Report on the metropolitan horse fairs and district horse shows of 1892-93 - 1892-1893
Year: 1892
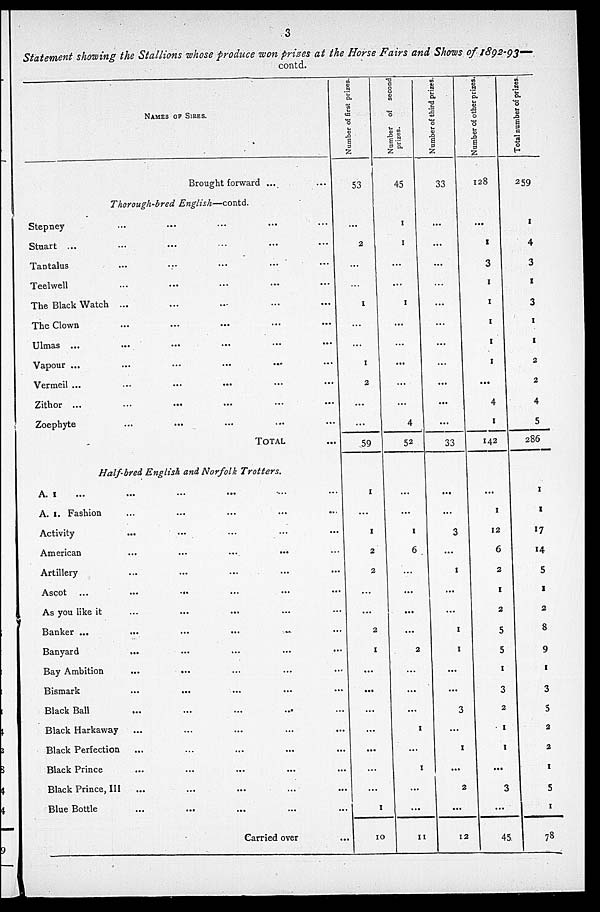
3
Statement showing the Stallions whose produce won prizes at the Horse Fairs and Shows of 1892-93—
contd.
NAMES OF SIRES.
Brought forward ...
...
Thorough-bred
English—contd.
Stepney ... ... ... ... ...
Stuart ... ... ... ... ...
Tantalus ... ... ... ... ...
Teelwell ... ... ... ... ...
The Black Watch . ... ... ... ... .....
The Clown ... ... ... ... ...
Ulmas ... ... ... ... ... ...
Vapour ... ... ... ... ... ...
Vermeil ... ... ... ... ... ...
Zithor ... ... ... ... ... ...
Zoephyte ... ... ... ... ...
TOTAL ...
Half-bred English and Norfolk
Trotters.
A. 1 ... ... ... ... ...
A. 1. Fashion ... ... ... ... ...
Activity ... ... ... ... ...
American ... ... ... ... ...
Artillery ... ... ... ... ...
Ascot ...
...
...
As you like it ... ... ... ... ...
Banker ... ... ... ... ... ...
Banyard ... ... ... ... ...
Bay Ambition ... ... ... ... ...
Bismark
...
... ... ... ... ... ...
Black Ball ... ... ... ... ...
Black Harkaway ... ... ... ... ...
Black Perfection ... ... ... ... ...
Black Prince ... ... ... ... ...
Black Prince, III ... ... ... ... ...
Blue Bottle ... ... ... ... ...
Carried over ...
Number of first prizes
53
...
2
...
1
1
2
...
...
59
1
...
1
2
2
...
...
2
1
...
...
...
...
...
...
...
1
10
Number of second
prizes
45
1
1
...
...
1
...
...
...
...
...
4
52
...
...
1
6
...
...
...
...
2
...
...
...
1
...
1
...
...
11
Number of third prizes.
33
...
...
...
...
...
...
...
...
...
...
...
33
...
...
3
...
1
...
...
1
1
...
...
3
...
1
...
2
...
12
Number of other prizes.
128
...
1
3
1
1
1
1
1
...
4
1
142
...
1
12
6
2
1
2
5
5
1
3
2
1
1
...
3
...
45
Total number of prizes.
259
1
4
3
1
3
1
1
2
2
4
5
286
1
1
17
14
5
1
2
8
9
1
3
5
2
2
1
5
1
78